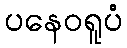
ပနေဝရူပံ